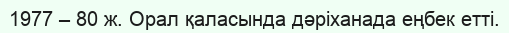
1977 – 80 ж. Орал қаласында дәріханада еңбек етті.